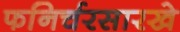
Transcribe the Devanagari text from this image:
फनिर्चरसारखे